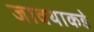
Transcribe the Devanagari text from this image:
जावयाकडे